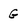
Character: G